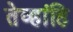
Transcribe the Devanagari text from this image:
तेव्हांहि